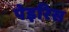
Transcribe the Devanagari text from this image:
पेइरिस